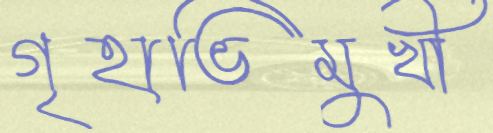
গৃহাভিমুখী